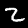
Digit: 2